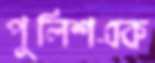
পুলিশএক